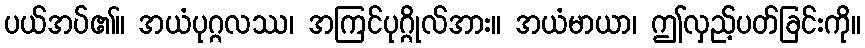
ပယ်အပ်၏။ အယံပုဂ္ဂလဿ၊ အကြင်ပုဂ္ဂိုလ်အား။ အယံမာယာ၊ ဤလှည့်ပတ်ခြင်းကို။